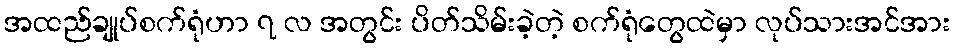
အထည်ချုပ်စက်ရုံဟာ ၇ လ အတွင်း ပိတ်သိမ်းခဲ့တဲ့ စက်ရုံတွေထဲမှာ လုပ်သားအင်အား